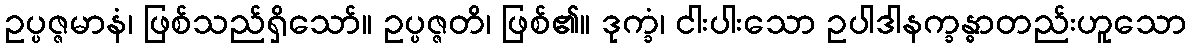
ဥပ္ပဇ္ဇမာနံ၊ ဖြစ်သည်ရှိသော်။ ဥပ္ပဇ္ဇတိ၊ ဖြစ်၏။ ဒုက္ခံ၊ ငါးပါးသော ဥပါဒါနက္ခန္ဓာတည်းဟူသော